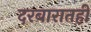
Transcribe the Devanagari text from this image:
दरबारातही